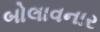
બોલાવનાર